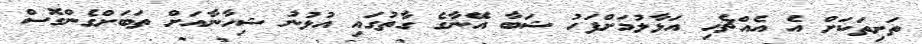
ތަށިތަކަށް އެ އެއްޗެހި އަޅާލުމަށްފަހު ޝަބާ އޭނާގެ ގާތުގައި އުޅުނު ޝިހާނާއަށް ތަބަށްގެންގޮސް